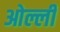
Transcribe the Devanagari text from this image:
ओल्ली